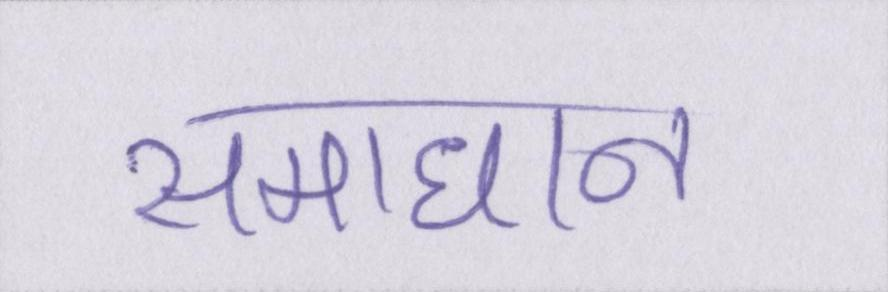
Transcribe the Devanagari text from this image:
समाधान